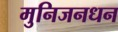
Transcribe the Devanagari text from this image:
मुनिजनधन